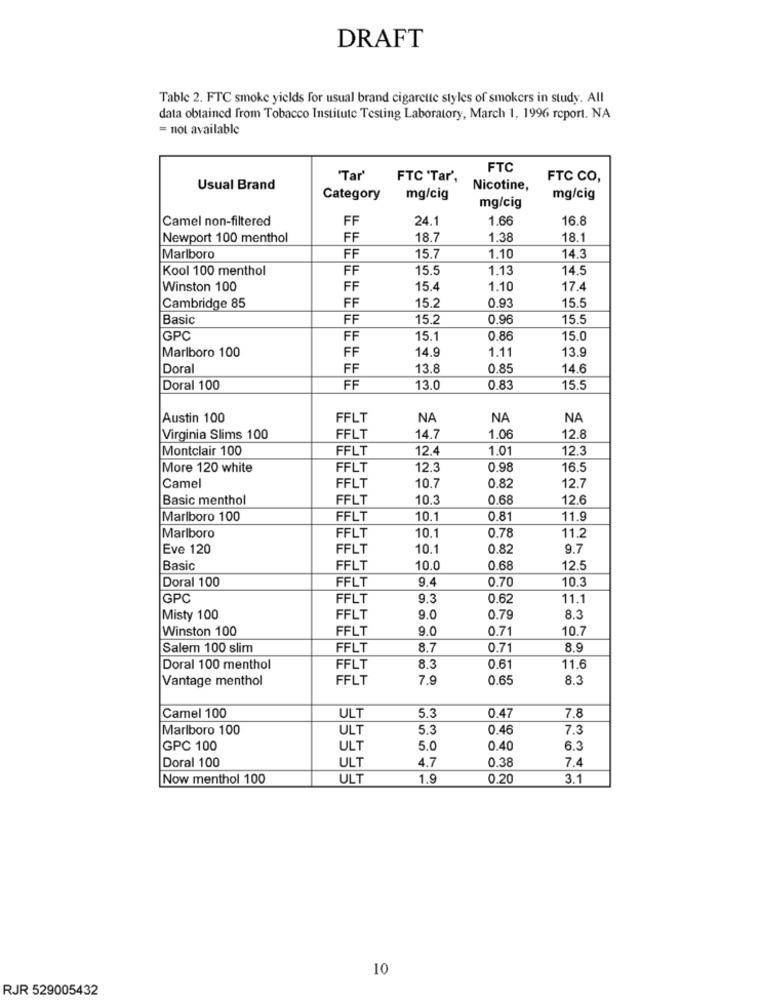
DRAFT
Table 2. FTC smoke yields for usual brand cigarette styles of smokers in study. All
data obtained from Tobacco Institute Testing Laboratory, March 1, 1996 report. NA
= not available
FTC
Tar'
FTC 'Tar',
FTC CO,
Usual Brand
Nicotine,
Category
mg/cig
mg/cig
mg/cig
Camel non-filtered
FF
24.
1.66
16.8
Newport 100 menthol
FF
18.7
1.38
18.1
Marlboro
FF
15.7
1.10
14.3
Kool 100 menthol
FF
15.5
1.13
14.5
Winston 100
FF
15.
1.10
17.
15.2
Cambridge 85
FF
0.93
15.5
Basic
FF
15.2
0.96
15.5
GPC
FF
15.1
0.86
15.0
Marlboro 100
14.9
1.11
13.9
FF
Doral
FF
13.8
0.85
14.6
Doral 100
FF
13.0
0.83
15.5
Austin 100
FFLT
NA
NA
NA
Virginia Slims 100
FFLT
14.7
1.06
12.8
Montclair 100
FFLT
12.4
1.01
12.3
More 120 white
FFLT
12.
0.98
16.5
FFLT
Camel
10.7
0.82
12.7
Basic menthol
FFLT
10.3
0.68
12.6
Marlboro 100
FFLT
10.1
0.81
11.9
0.78
Marlboro
FFLT
10.1
11.2
Eve 120
FFLT
10.
0.82
9.7
Basic
FFLT
10.0
0.68
12.5
Doral 100
9.4
0.70
10.3
FFLT
GPC
FFLT
9.3
0.62
11.1
Misty 100
FFLT
9.0
0.79
8.3
Winston 100
FFLT
9.0
0.71
10.7
Salem 100 slim
FFLT
8.7
0.71
8.9
Doral 100 menthol
FFLT
8.3
0.61
11.6
Vantage menthol
FFLT
7.9
0.65
8.3
Camel 100
ULT
5.3
0.47
7.8
Marlboro 100
ULT
5.3
0.46
7.3
GPC 100
ULT
5.0
0.40
6.3
Doral 100
ULT
0.38
7.4
4.7
Now menthol 100
ULT
1.9
0.20
3.1
10
RJR 529005432